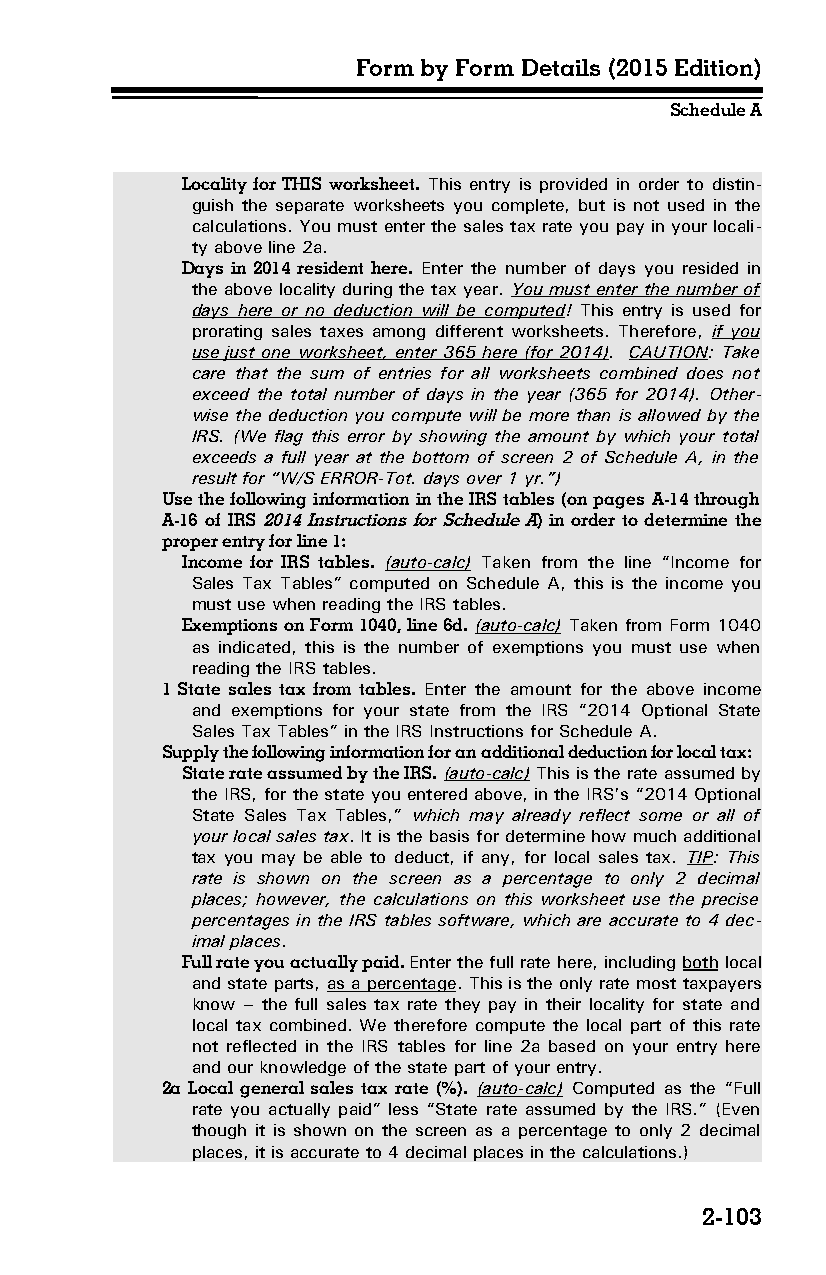
Form by Form Details (2015 Edition)
 Schedule A
 Locality for THIS worksheet. This entry is provided in order to distin­
 guish the separate worksheets you complete, but is not used in the
 calculations. You must enter the sales tax rate you pay in your locali­
 ty above line 2a.
 Days in 2014 resident here. Enter the number of days you resided in
 the above locality during the tax year. You must enter the number of
 days here or no deduction will be computed! This entry is used for
 prorating sales taxes among different worksheets. Therefore, if you
 use just one worksheet, enter 365 here (for 2014). CAUTION: Take
 care that the sum of entries for all worksheets combined does not
 exceed the total number of days in the year (365 for 2014). Other­
 wise the deduction you compute will be more than is allowed by the
 IRS. (We flag this error by showing the amount by which your total
 exceeds a full year at the bottom of screen 2 of Schedule A, in the
 result for “W/S ERROR-Tot. days over 1 yr.”)
 Use the following information in the IRS tables (on pages A-14 through
 A-16 of IRS 2014 Instructions for Schedule A) in order to determine the
 proper entry for line 1:
 Income for IRS tables. (auto-calc) Taken from the line “Income for
 Sales Tax Tables” computed on Schedule A, this is the income you
 must use when reading the IRS tables.
 Exemptions on Form 1040, line 6d. (auto-calc) Taken from Form 1040
 as indicated, this is the number of exemptions you must use when
 reading the IRS tables.
 1 State sales tax from tables. Enter the amount for the above income
 and exemptions for your state from the IRS “2014 Optional State
 Sales Tax Tables” in the IRS Instructions for Schedule A.
 Supply the following information for an additional deduction for local tax:
 State rate assumed by the IRS. (auto-calc) This is the rate assumed by
 the IRS, for the state you entered above, in the IRS’s “2014 Optional
 State Sales Tax Tables,” which may already reflect some or all of
 your local sales tax. It is the basis for determine how much additional
 tax you may be able to deduct, if any, for local sales tax. TIP: This
 rate is shown on the screen as a percentage to only 2 decimal
 places; however, the calculations on this worksheet use the precise
 percentages in the IRS tables software, which are accurate to 4 dec­
 imal places.
 Full rate you actually paid. Enter the full rate here, including both local
 and state parts, as a percentage. This is the only rate most taxpayers
 know – the full sales tax rate they pay in their locality for state and
 local tax combined. We therefore compute the local part of this rate
 not reflected in the IRS tables for line 2a based on your entry here
 and our knowledge of the state part of your entry.
 2a Local general sales tax rate (%). (auto-calc) Computed as the “Full
 rate you actually paid” less “State rate assumed by the IRS.” (Even
 though it is shown on the screen as a percentage to only 2 decimal
 places, it is accurate to 4 decimal places in the calculations.)
 2-103